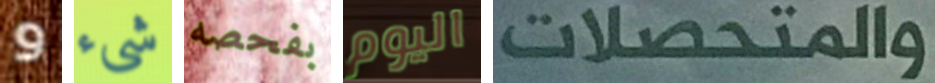
و شيء بفحصه اليوم والمتحصلات